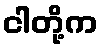
ငါတို့က